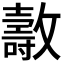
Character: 𣀘